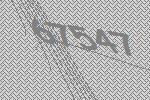
67547